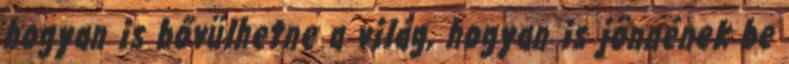
hogyan is bővülhetne a világ, hogyan is jönnének be